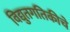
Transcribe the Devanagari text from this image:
विद्युतगतिकीचे